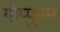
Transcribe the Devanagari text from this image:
गोप्पुरम